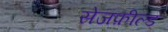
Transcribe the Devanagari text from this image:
सेजफ़ील्ड